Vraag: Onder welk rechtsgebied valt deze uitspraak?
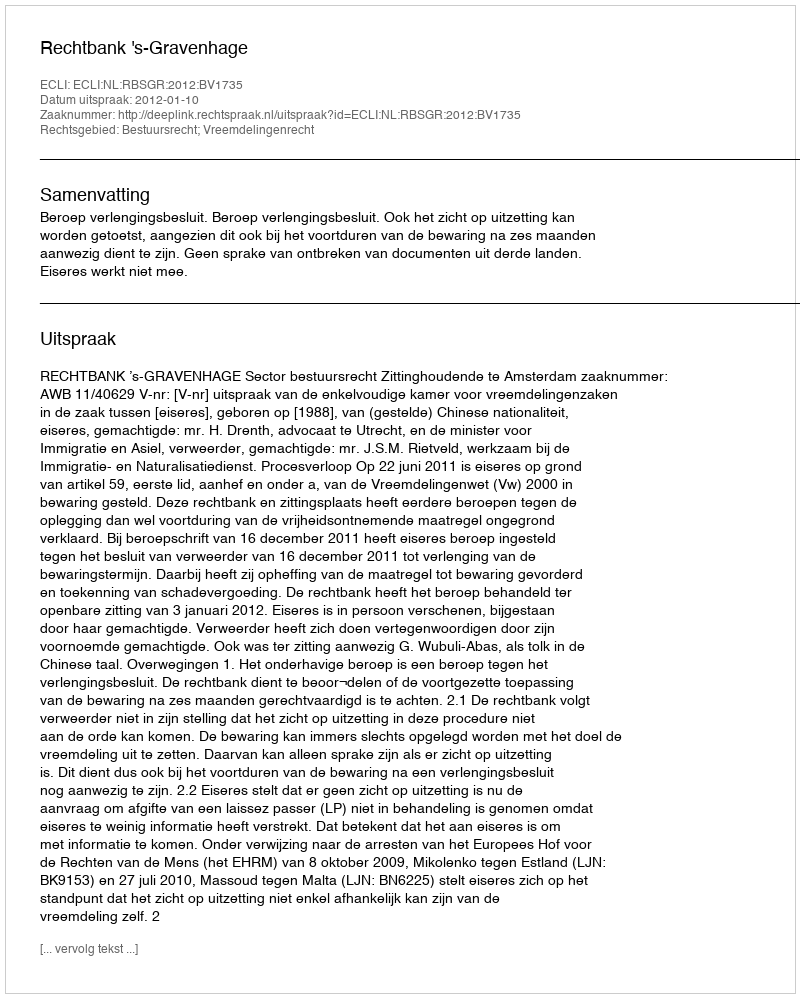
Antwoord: Bestuursrecht; Vreemdelingenrecht